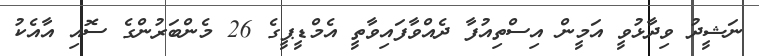
ނަޝީދު ވިދާޅުވީ އަމީން އިސްތިއުފާ ދެއްވާފައިވާތީ އެމްޑީޕީގެ 26 މެންބަރުންގެ ސޮއި އާއެކު